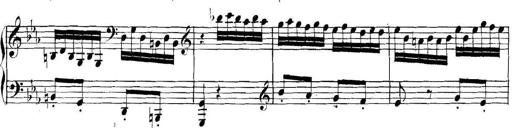
Title: Collected Piano Sonatas
Composer: Muzio Clementi